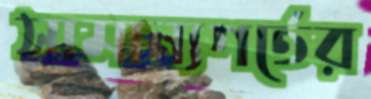
সামান্যগর্তের